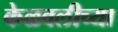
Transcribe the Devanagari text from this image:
केळवलीच्या